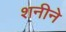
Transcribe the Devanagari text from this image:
शनीने